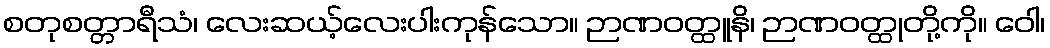
စတုစတ္တာရီသံ၊ လေးဆယ့်လေးပါးကုန်သော။ ဉာဏဝတ္ထူနိ၊ ဉာဏဝတ္ထုတို့ကို။ ဝေါ၊